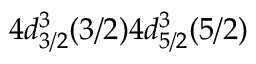
4 d _ { 3 / 2 } ^ { 3 } ( 3 / 2 ) 4 d _ { 5 / 2 } ^ { 3 } ( 5 / 2 )